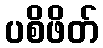
ပစိဖိတ်